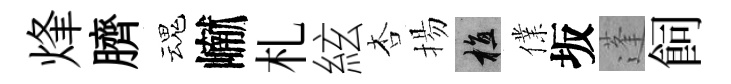
烽臍魂𪩘札絃杏揚植㒒坂蓬飼